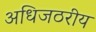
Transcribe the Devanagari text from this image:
अधिजठरीय